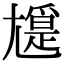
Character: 𡰖